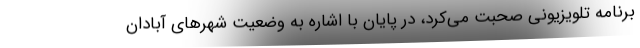
برنامه تلویزیونی صحبت می‌کرد، در پایان با اشاره به وضعیت شهرهای آبادان